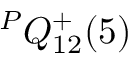
{ } ^ { P } { Q } _ { 1 { 2 } } ^ { { + } } ( { 5 } )